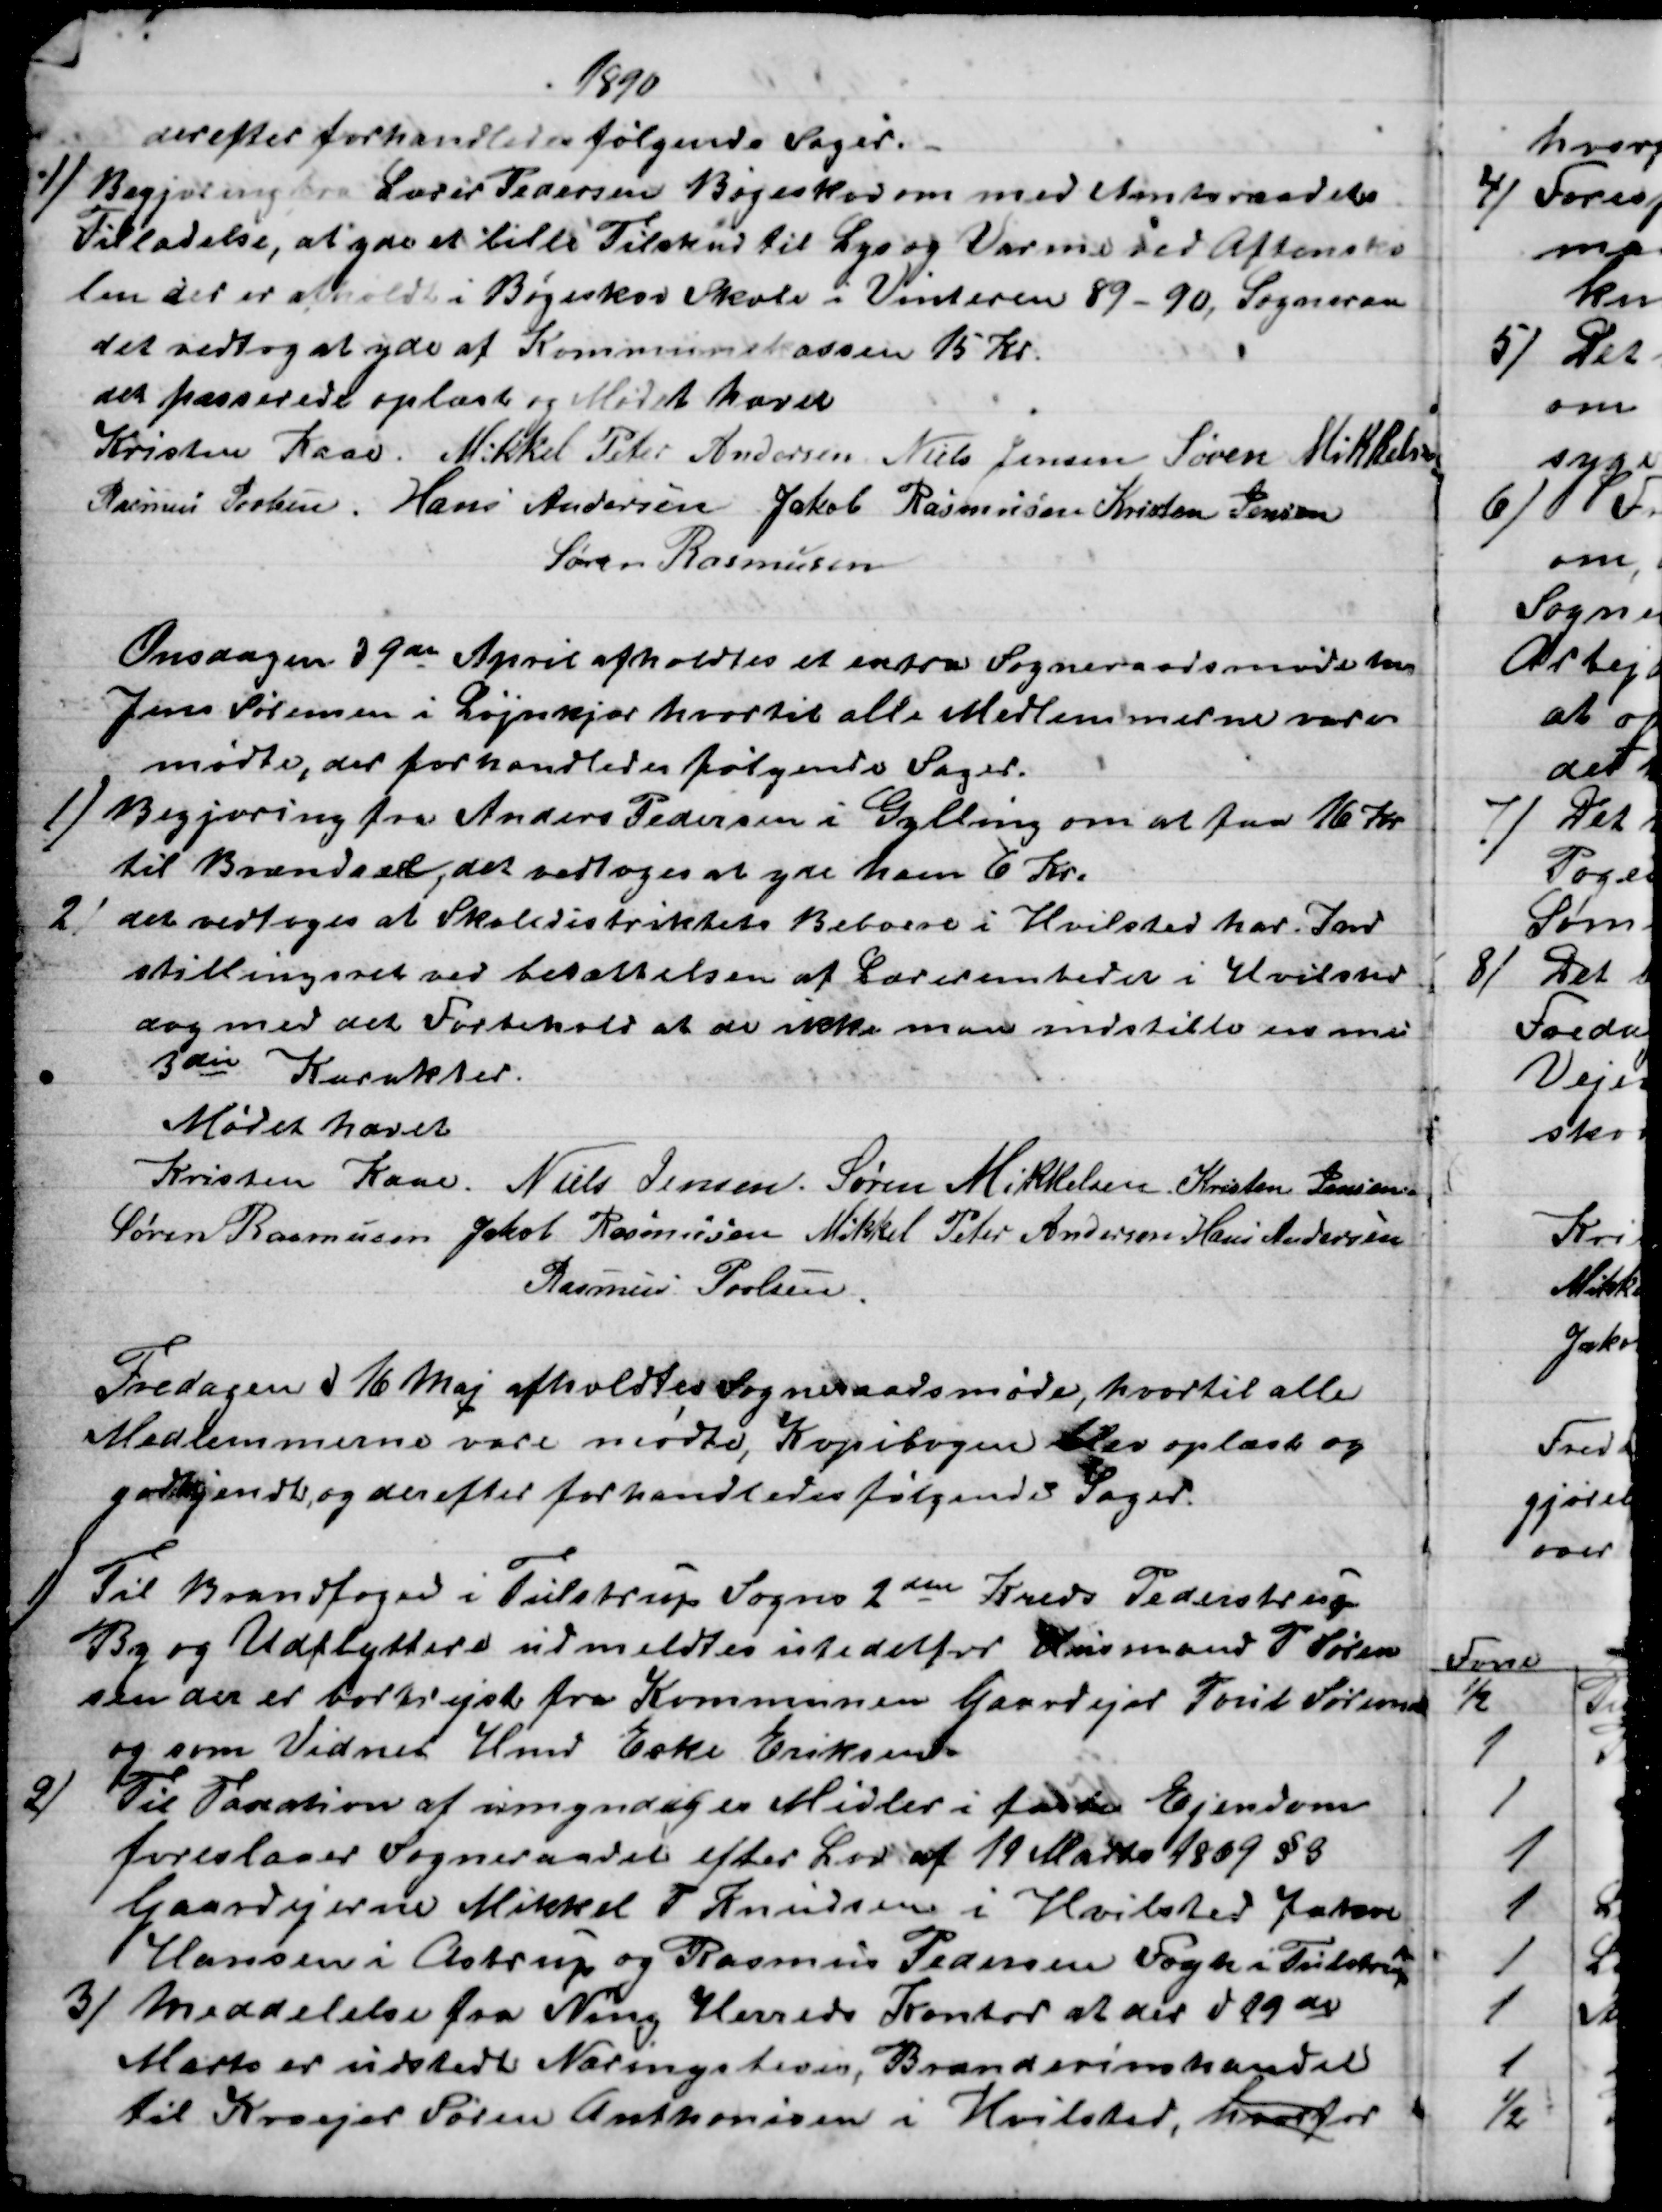
Transskription:
1890
derefter forhandledes følgende Sager.
1) Begjæring fra Lærer Pedersen Bøgeskov om med Amtsraadets
Tilladelse, at yde et lille Tilskud til Lys og Varme ved Aftensko
len der er afholdt i Bøgeskov Skole i Vinteren 89-90, Sogneraa
det vedtog at yde af Kommunekassen 15 Kr.
det passerede oplæst og Mødet hævet
Kristen Kaae. Mikkel Peter Andersen. Niels Jensen Søren Mikkelsen
Rasmus Povlsen. Hans Andersen. Jakob Rasmussen Kristen Jensen
Søren Rasmussen
Onsdagen d 9de April afholdtes et extra Sogneraadsmøde hos
Jens Sørensen i Løjnkjær hvortil alle Medlemmerne vare
mødte, der forhandledes følgende Sager.
1)
 Begjæring fra Anders Pedersen i Gylling om at faa 16 Kr
til Brændsel, det vedtoges at yde ham 6 Kr.
2)
det vedtoges at Skoledistriktets Beboere i Hvilsted har Ind
stillingsret ved besættelsen af Lærerembedet i Hvilsted
dog med det Forbehold at de ikke maa indstille en med
3die Karakter.
Mødet hævet
Kristen Kaae.
Niels Jensen. Søren Mikkelsen. Kristen Jensen
Søren Rasmussen Jakob Rasmussen Mikkel Peter Andersen Hans Andersen
Rasmus Povlsen.
Fredagen d 16 Maj afholdtes Sogneraadsmøde, hvortil alle
Medlemmerne vare mødte, Kopibogen blev oplæst og
godkjendt og derefter forhandledes følgende Sager.
1) 
Til Brandfoged i Tulstrup Sogns 2den Kreds Pederstrup
By og Udflyttere udmeldtes istedetfor Husmand P Søren
sen der er bortrejst fra Kommunen Gaardejer Poul Sørensen
og som Vidnet Hmd Eske Eriksen
2)
Til Taxation af umyndiges Midler i fast Ejendom
foreslaaer Sogneraadet efter Lov af 19 Marts 1869 § 9
Gaardejerne Mikkel T Knudsen i Hvilsted Jakob
Hansen i Astrup og Rasmus Pedersen Fogh i Tulstrup
3) 
Meddelelse fra Ning Herreds Kontor at der d 19 de
Marts er udstedt Næringsbevis, Brændevinshandel
til Kroejer Søren Anthonisen i Hvilsted, hvorfor